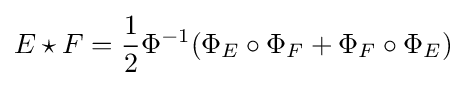
E\star F={\frac {1}{2}}\Phi ^{-1}(\Phi _{E}\circ \Phi _{F}+\Phi _{F}\circ \Phi _{E})